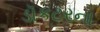
ડૉકટરના